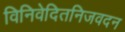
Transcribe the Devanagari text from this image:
विनिवेदितनिजवदन